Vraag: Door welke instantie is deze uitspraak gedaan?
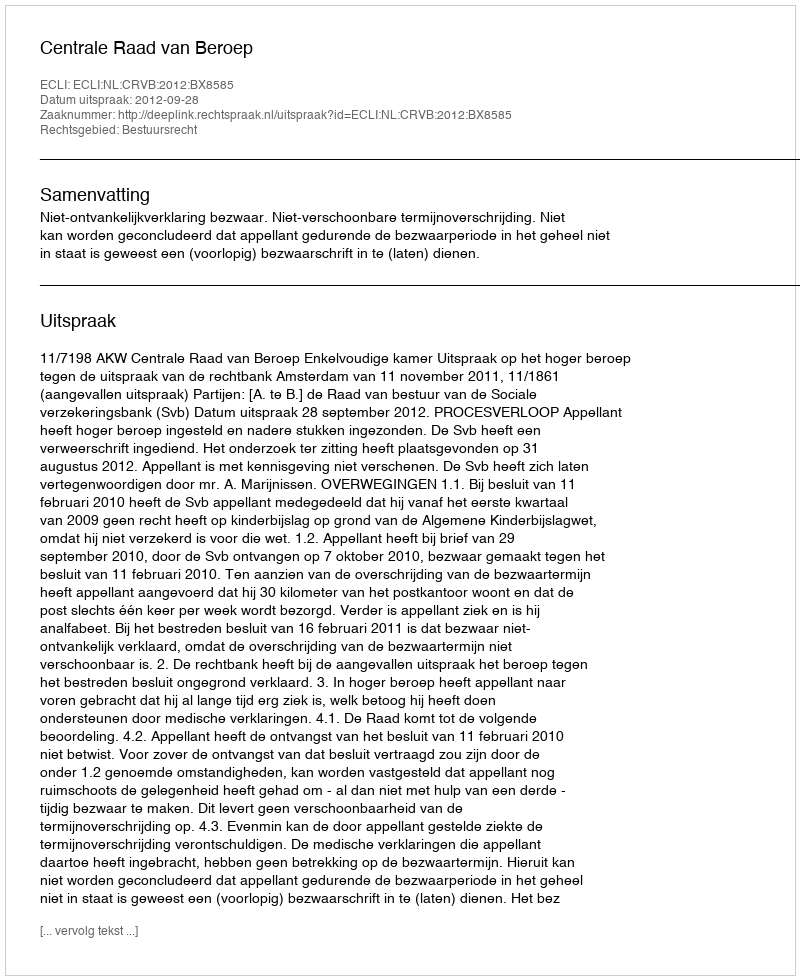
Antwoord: Centrale Raad van Beroep